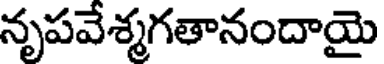
నృపవేశ్మగతానందాయై